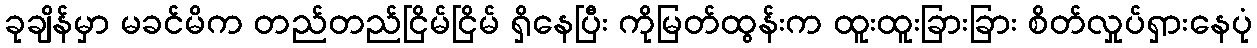
ခုချိန်မှာ မခင်မိက တည်တည်ငြိမ်ငြိမ် ရှိနေပြီး ကိုမြတ်ထွန်းက ထူးထူးခြားခြား စိတ်လှုပ်ရှားနေပုံ